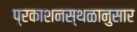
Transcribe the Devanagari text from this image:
प्रकाशनस्थळानुसार